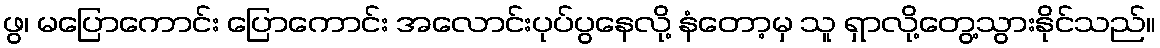
ဖွ၊ မပြောကောင်း ပြောကောင်း အလောင်းပုပ်ပွနေလို့ နံတော့မှ သူ ရှာလို့တွေ့သွားနိုင်သည်။